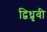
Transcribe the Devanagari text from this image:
द्विध्रृवी